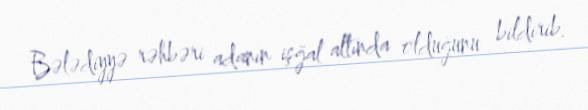
Bələdiyyə rəhbəri adanın işğal altında olduğunu bildirib.